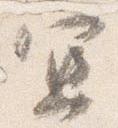
宜